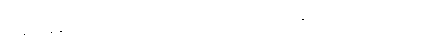
သူမအနေနှင့် သူ၏မေတ္တာတောင်းခံမှုအသစ်ထက် ဟိုတုန်းက ရက်ရက် စက်စက်